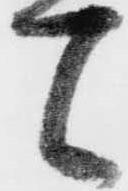
て